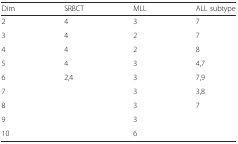
<table><thead><tr><td><b>Dim</b></td><td><b>SRBCT</b></td><td><b>MLL</b></td><td><b>ALL subtype</b></td></tr></thead><tbody><tr><td>2</td><td>4</td><td>3</td><td>7</td></tr><tr><td>3</td><td>4</td><td>2</td><td>7</td></tr><tr><td>4</td><td>4</td><td>2</td><td>8</td></tr><tr><td>5</td><td>4</td><td>3</td><td>4,7</td></tr><tr><td>6</td><td>2,4</td><td>3</td><td>7,9</td></tr><tr><td>7</td><td></td><td>3</td><td>3,8</td></tr><tr><td>8</td><td></td><td>3</td><td>7</td></tr><tr><td>9</td><td></td><td>3</td><td></td></tr><tr><td>10</td><td></td><td>6</td><td></td></tr></tbody></table>